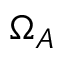
\Omega _ { A }